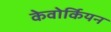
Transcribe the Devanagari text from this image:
केवोर्कियन